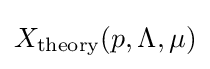
X_{\rm {theory}}(p,\Lambda ,\mu )